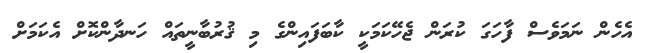
އެހެން ނަމަވެސް ފާހަގަ ކުރަން ޖެހޭކަމަކީ ކާބަފައިންގެ މި ޤުރުބާނީތައް ހަނދާންކޮށް އެކަމަށް